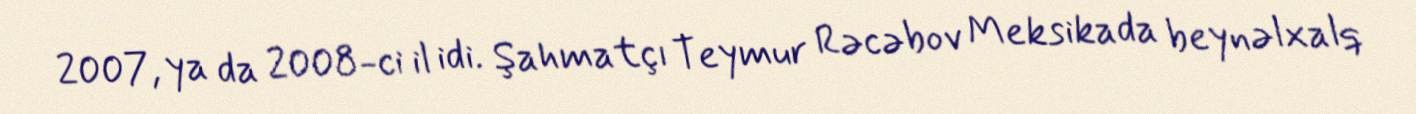
2007, ya da 2008-ci il idi. Şahmatçı Teymur Rəcəbov Meksikada beynəlxalq